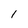
Character: 1